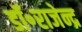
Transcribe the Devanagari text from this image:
डॉ॰राजेन्द्र